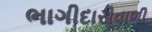
ભાગીદારીવાળી